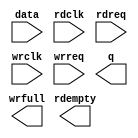
// megafunction wizard: %FIFO%VBB%
// GENERATION: STANDARD
// VERSION: WM1.0
// MODULE: dcfifo 

// ============================================================
// Megafunction Name(s):
// 			dcfifo
//
// Simulation Library Files(s):
// 			altera_mf
// ============================================================
// ************************************************************
// THIS IS A WIZARD-GENERATED FILE. DO NOT EDIT THIS FILE!
//
// 22.1std.0 Build 915 10/25/2022 SC Lite Edition
// ************************************************************

//Copyright (C) 2022  Intel Corporation. All rights reserved.
//Your use of Intel Corporation's design tools, logic functions 
//and other software and tools, and any partner logic 
//functions, and any output files from any of the foregoing 
//(including device programming or simulation files), and any 
//associated documentation or information are expressly subject 
//to the terms and conditions of the Intel Program License 
//Subscription Agreement, the Intel Quartus Prime License Agreement,
//the Intel FPGA IP License Agreement, or other applicable license
//agreement, including, without limitation, that your use is for
//the sole purpose of programming logic devices manufactured by
//Intel and sold by Intel or its authorized distributors.  Please
//refer to the applicable agreement for further details, at
//https://fpgasoftware.intel.com/eula.

module fifo (
	data,
	rdclk,
	rdreq,
	wrclk,
	wrreq,
	q,
	rdempty,
	wrfull);

	input	[7:0]  data;
	input	  rdclk;
	input	  rdreq;
	input	  wrclk;
	input	  wrreq;
	output	[7:0]  q;
	output	  rdempty;
	output	  wrfull;

endmodule

// ============================================================
// CNX file retrieval info
// ============================================================
// Retrieval info: PRIVATE: AlmostEmpty NUMERIC "0"
// Retrieval info: PRIVATE: AlmostEmptyThr NUMERIC "-1"
// Retrieval info: PRIVATE: AlmostFull NUMERIC "0"
// Retrieval info: PRIVATE: AlmostFullThr NUMERIC "-1"
// Retrieval info: PRIVATE: CLOCKS_ARE_SYNCHRONIZED NUMERIC "0"
// Retrieval info: PRIVATE: Clock NUMERIC "4"
// Retrieval info: PRIVATE: Depth NUMERIC "32"
// Retrieval info: PRIVATE: Empty NUMERIC "1"
// Retrieval info: PRIVATE: Full NUMERIC "1"
// Retrieval info: PRIVATE: INTENDED_DEVICE_FAMILY STRING "Cyclone V"
// Retrieval info: PRIVATE: LE_BasedFIFO NUMERIC "0"
// Retrieval info: PRIVATE: LegacyRREQ NUMERIC "1"
// Retrieval info: PRIVATE: MAX_DEPTH_BY_9 NUMERIC "0"
// Retrieval info: PRIVATE: OVERFLOW_CHECKING NUMERIC "0"
// Retrieval info: PRIVATE: Optimize NUMERIC "0"
// Retrieval info: PRIVATE: RAM_BLOCK_TYPE NUMERIC "0"
// Retrieval info: PRIVATE: SYNTH_WRAPPER_GEN_POSTFIX STRING "0"
// Retrieval info: PRIVATE: UNDERFLOW_CHECKING NUMERIC "0"
// Retrieval info: PRIVATE: UsedW NUMERIC "1"
// Retrieval info: PRIVATE: Width NUMERIC "8"
// Retrieval info: PRIVATE: dc_aclr NUMERIC "0"
// Retrieval info: PRIVATE: diff_widths NUMERIC "0"
// Retrieval info: PRIVATE: msb_usedw NUMERIC "0"
// Retrieval info: PRIVATE: output_width NUMERIC "8"
// Retrieval info: PRIVATE: rsEmpty NUMERIC "1"
// Retrieval info: PRIVATE: rsFull NUMERIC "0"
// Retrieval info: PRIVATE: rsUsedW NUMERIC "0"
// Retrieval info: PRIVATE: sc_aclr NUMERIC "0"
// Retrieval info: PRIVATE: sc_sclr NUMERIC "0"
// Retrieval info: PRIVATE: wsEmpty NUMERIC "0"
// Retrieval info: PRIVATE: wsFull NUMERIC "1"
// Retrieval info: PRIVATE: wsUsedW NUMERIC "0"
// Retrieval info: LIBRARY: altera_mf altera_mf.altera_mf_components.all
// Retrieval info: CONSTANT: INTENDED_DEVICE_FAMILY STRING "Cyclone V"
// Retrieval info: CONSTANT: LPM_NUMWORDS NUMERIC "32"
// Retrieval info: CONSTANT: LPM_SHOWAHEAD STRING "OFF"
// Retrieval info: CONSTANT: LPM_TYPE STRING "dcfifo"
// Retrieval info: CONSTANT: LPM_WIDTH NUMERIC "8"
// Retrieval info: CONSTANT: LPM_WIDTHU NUMERIC "5"
// Retrieval info: CONSTANT: OVERFLOW_CHECKING STRING "ON"
// Retrieval info: CONSTANT: RDSYNC_DELAYPIPE NUMERIC "4"
// Retrieval info: CONSTANT: UNDERFLOW_CHECKING STRING "ON"
// Retrieval info: CONSTANT: USE_EAB STRING "ON"
// Retrieval info: CONSTANT: WRSYNC_DELAYPIPE NUMERIC "4"
// Retrieval info: USED_PORT: data 0 0 8 0 INPUT NODEFVAL "data[7..0]"
// Retrieval info: USED_PORT: q 0 0 8 0 OUTPUT NODEFVAL "q[7..0]"
// Retrieval info: USED_PORT: rdclk 0 0 0 0 INPUT NODEFVAL "rdclk"
// Retrieval info: USED_PORT: rdempty 0 0 0 0 OUTPUT NODEFVAL "rdempty"
// Retrieval info: USED_PORT: rdreq 0 0 0 0 INPUT NODEFVAL "rdreq"
// Retrieval info: USED_PORT: wrclk 0 0 0 0 INPUT NODEFVAL "wrclk"
// Retrieval info: USED_PORT: wrfull 0 0 0 0 OUTPUT NODEFVAL "wrfull"
// Retrieval info: USED_PORT: wrreq 0 0 0 0 INPUT NODEFVAL "wrreq"
// Retrieval info: CONNECT: @data 0 0 8 0 data 0 0 8 0
// Retrieval info: CONNECT: @rdclk 0 0 0 0 rdclk 0 0 0 0
// Retrieval info: CONNECT: @rdreq 0 0 0 0 rdreq 0 0 0 0
// Retrieval info: CONNECT: @wrclk 0 0 0 0 wrclk 0 0 0 0
// Retrieval info: CONNECT: @wrreq 0 0 0 0 wrreq 0 0 0 0
// Retrieval info: CONNECT: q 0 0 8 0 @q 0 0 8 0
// Retrieval info: CONNECT: rdempty 0 0 0 0 @rdempty 0 0 0 0
// Retrieval info: CONNECT: wrfull 0 0 0 0 @wrfull 0 0 0 0
// Retrieval info: GEN_FILE: TYPE_NORMAL fifo.v TRUE
// Retrieval info: GEN_FILE: TYPE_NORMAL fifo.inc FALSE
// Retrieval info: GEN_FILE: TYPE_NORMAL fifo.cmp FALSE
// Retrieval info: GEN_FILE: TYPE_NORMAL fifo.bsf FALSE
// Retrieval info: GEN_FILE: TYPE_NORMAL fifo_inst.v FALSE
// Retrieval info: GEN_FILE: TYPE_NORMAL fifo_bb.v TRUE
// Retrieval info: LIB_FILE: altera_mf